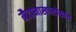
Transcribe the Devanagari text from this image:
मैदानाखालोखाल